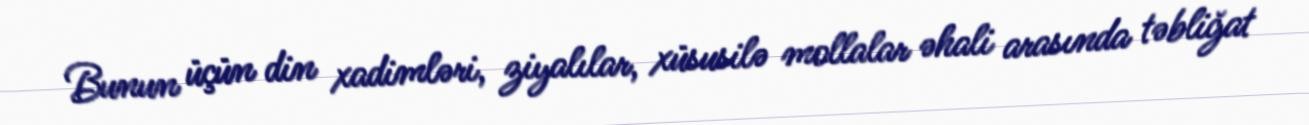
Bunun üçün din xadimləri, ziyalılar, xüsusilə mollalar əhali arasında təbliğat